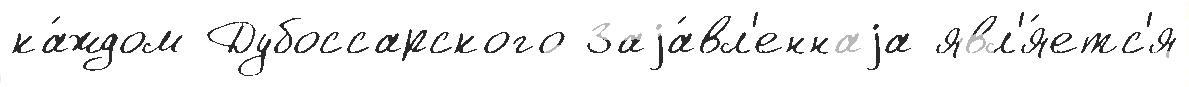
ка́ждом Дубоссарского Заjа́вл'еннаjа явл'я́етс'я